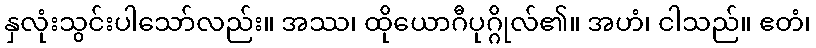
နှလုံးသွင်းပါသော်လည်း။ အဿ၊ ထိုယောဂီပုဂ္ဂိုလ်၏။ အဟံ၊ ငါသည်။ ဧတံ၊